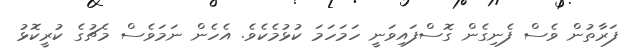
ފަރާތުން ވެސް ފެނިގެން ގޮސްފައިވަނީ ހަމަހަމަ ކުޅުމެކެވެ. އެހެން ނަމަވެސް މެޗުގެ ކުރީކޮޅު